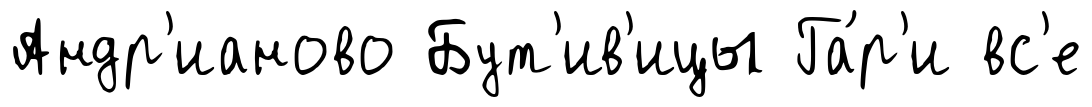
Андр'ианово Бут'ив'ицы Га́р'и вс'е